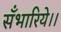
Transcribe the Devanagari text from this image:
सँभारिये।।